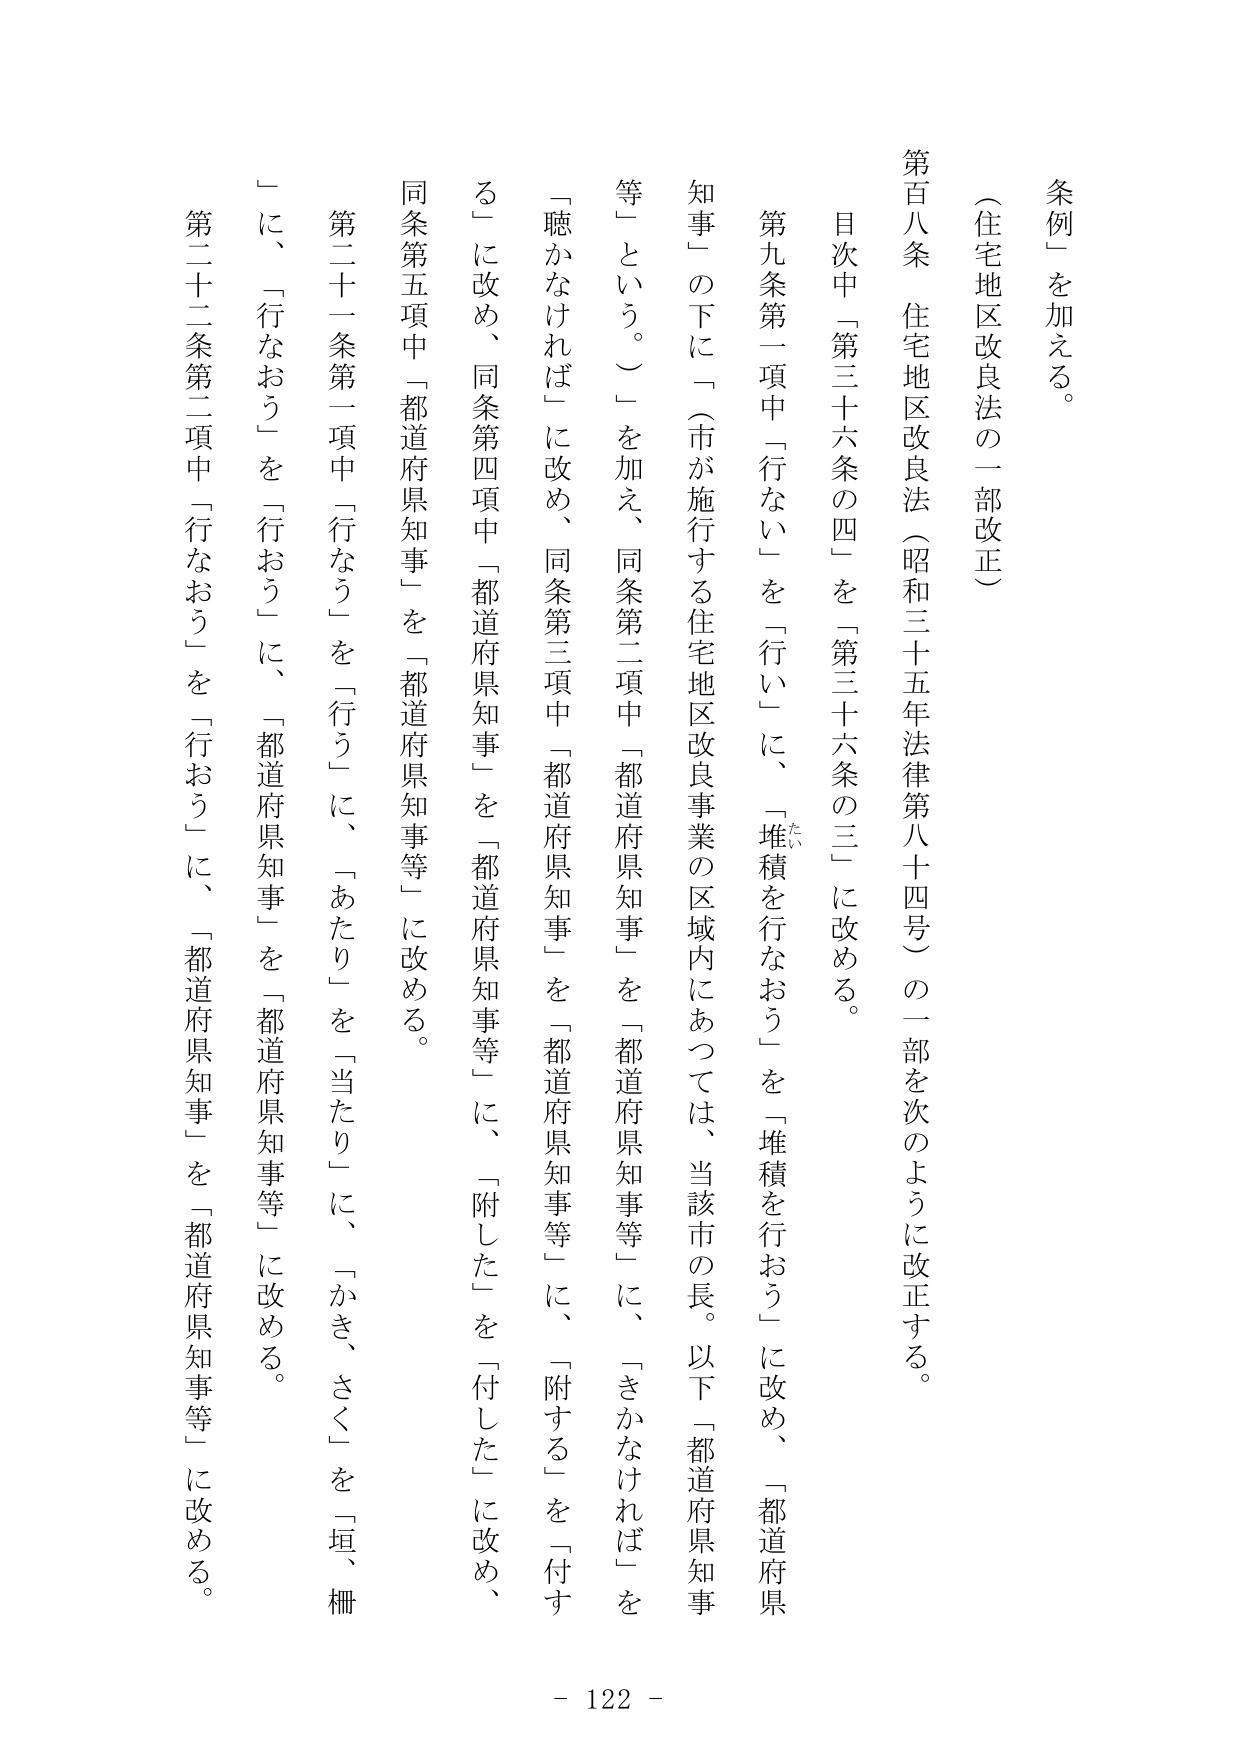
条例」を加える。

（住宅地区改良法の一部改正）

第百八条 住宅地区改良法（昭和三十五年法律第八十四号）の一部を次のように改正する。

目次中「第三十六条の四」を「第三十六条の三」に改める。

第九条第一項中「行ない」を「行い」に、「堆積を行なおう」を「堆積を行おう」に改め、「都道府県知事」の下に「（市が施行する住宅地区改良事業の区域内にあっては、当該市の長。以下「都道府県知事等」という。）」を加え、同条第二項中「都道府県知事」を「都道府県知事等」に、「きかなければ」を「聴かなければ」に改め、同条第三項中「都道府県知事」を「都道府県知事等」に、「附した」を「付する」に改め、同条第四項中「都道府県知事」を「都道府県知事等」に、「附した」を「付した」に改め、同条第五項中「都道府県知事」を「都道府県知事等」に改める。

第二十一条第一項中「行なう」を「行う」に、「あたり」を「当たり」に、「かき、さく」を「垣、柵」に、「行なおう」を「行おう」に、「都道府県知事」を「都道府県知事等」に改める。

第二十二条第二項中「行なおう」を「行おう」に、「都道府県知事」を「都道府県知事等」に改める。

- 122 -